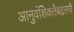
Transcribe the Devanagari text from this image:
आनुवंशिकतेबद्दलचे